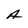
Character: A